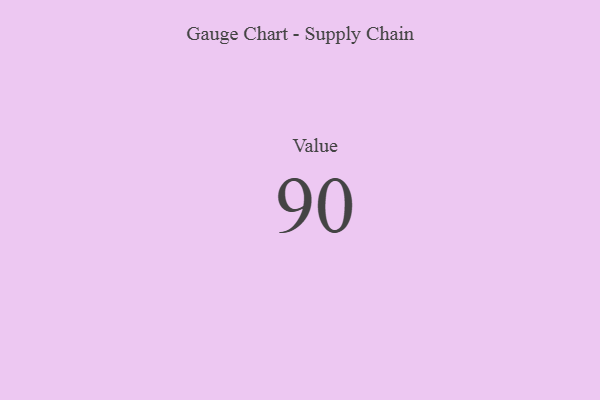
{"axis": {"x": "Metric", "y": "Value"}, "legend": [""], "data": [{"x": "Value", "y": 90, "type": ""}]}